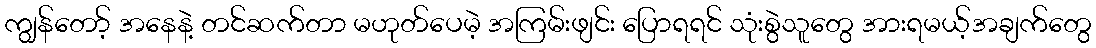
ကျွန်တော့် အနေနဲ့ တင်ဆက်တာ မဟုတ်ပေမဲ့ အကြမ်းဖျင်း ပြောရရင် သုံးစွဲသူတွေ အားရမယ့်အချက်တွေ